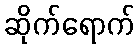
ဆိုက်ရောက်